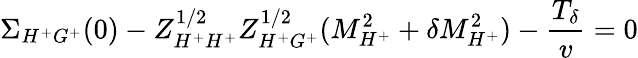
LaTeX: \Sigma_{H^{+}G^{+}}(0)-Z_{H^{+}H^{+}}^{1/2}Z_{H^{+}G^{+}}^{1/2}(M_{H^{+}}^{2}+\delta M_{H^{+}}^{2})-\frac{T_{\delta}}{v}=0